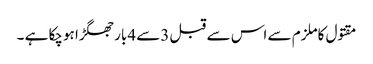
مقتول کاملزم سے اس سے قبل 3سے 4بار جھگڑا ہوچکا ہے ۔